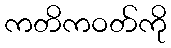
ကတိကဝတ်ကို